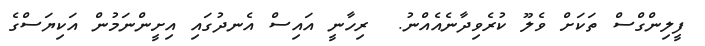
ފީލިންގްސް ތަކަށް ވެލޫ ކުރެވިދާނެއެއްނު.  ރިހާނީ އައިސް އެނދުގައި އިށީންނަމުން އަކިޔަސްގެ